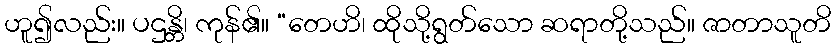
ဟူ၍လည်း။ ပဌန္တိ၊ ကုန်၏။ “တေဟိ၊ ထိုသို့ရွတ်သော ဆရာတို့သည်။ ဇာတာသူတိ